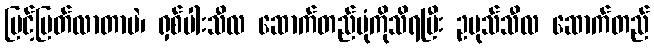
မြင့်မြတ်လာတာပဲ၊ ရှစ်ပါးသီလ ဆောက်တည်ပုံကိုသိရပြီး ဥပုသ်သီလ ဆောက်တည်